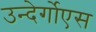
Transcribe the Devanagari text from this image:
उन्देर्गोएस